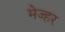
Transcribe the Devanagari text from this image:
मेज्हर